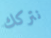
نتركك